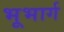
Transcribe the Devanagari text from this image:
भूभार्ग